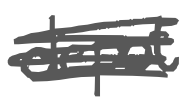
Text: depot
Cross-out: scratch
Writing tool: digital_gray